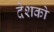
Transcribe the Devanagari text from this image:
देशको